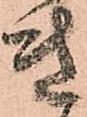
き